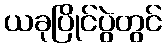
ယခုပြိုင်ပွဲတွင်